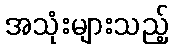
အသုံးများသည့်